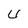
Character: U